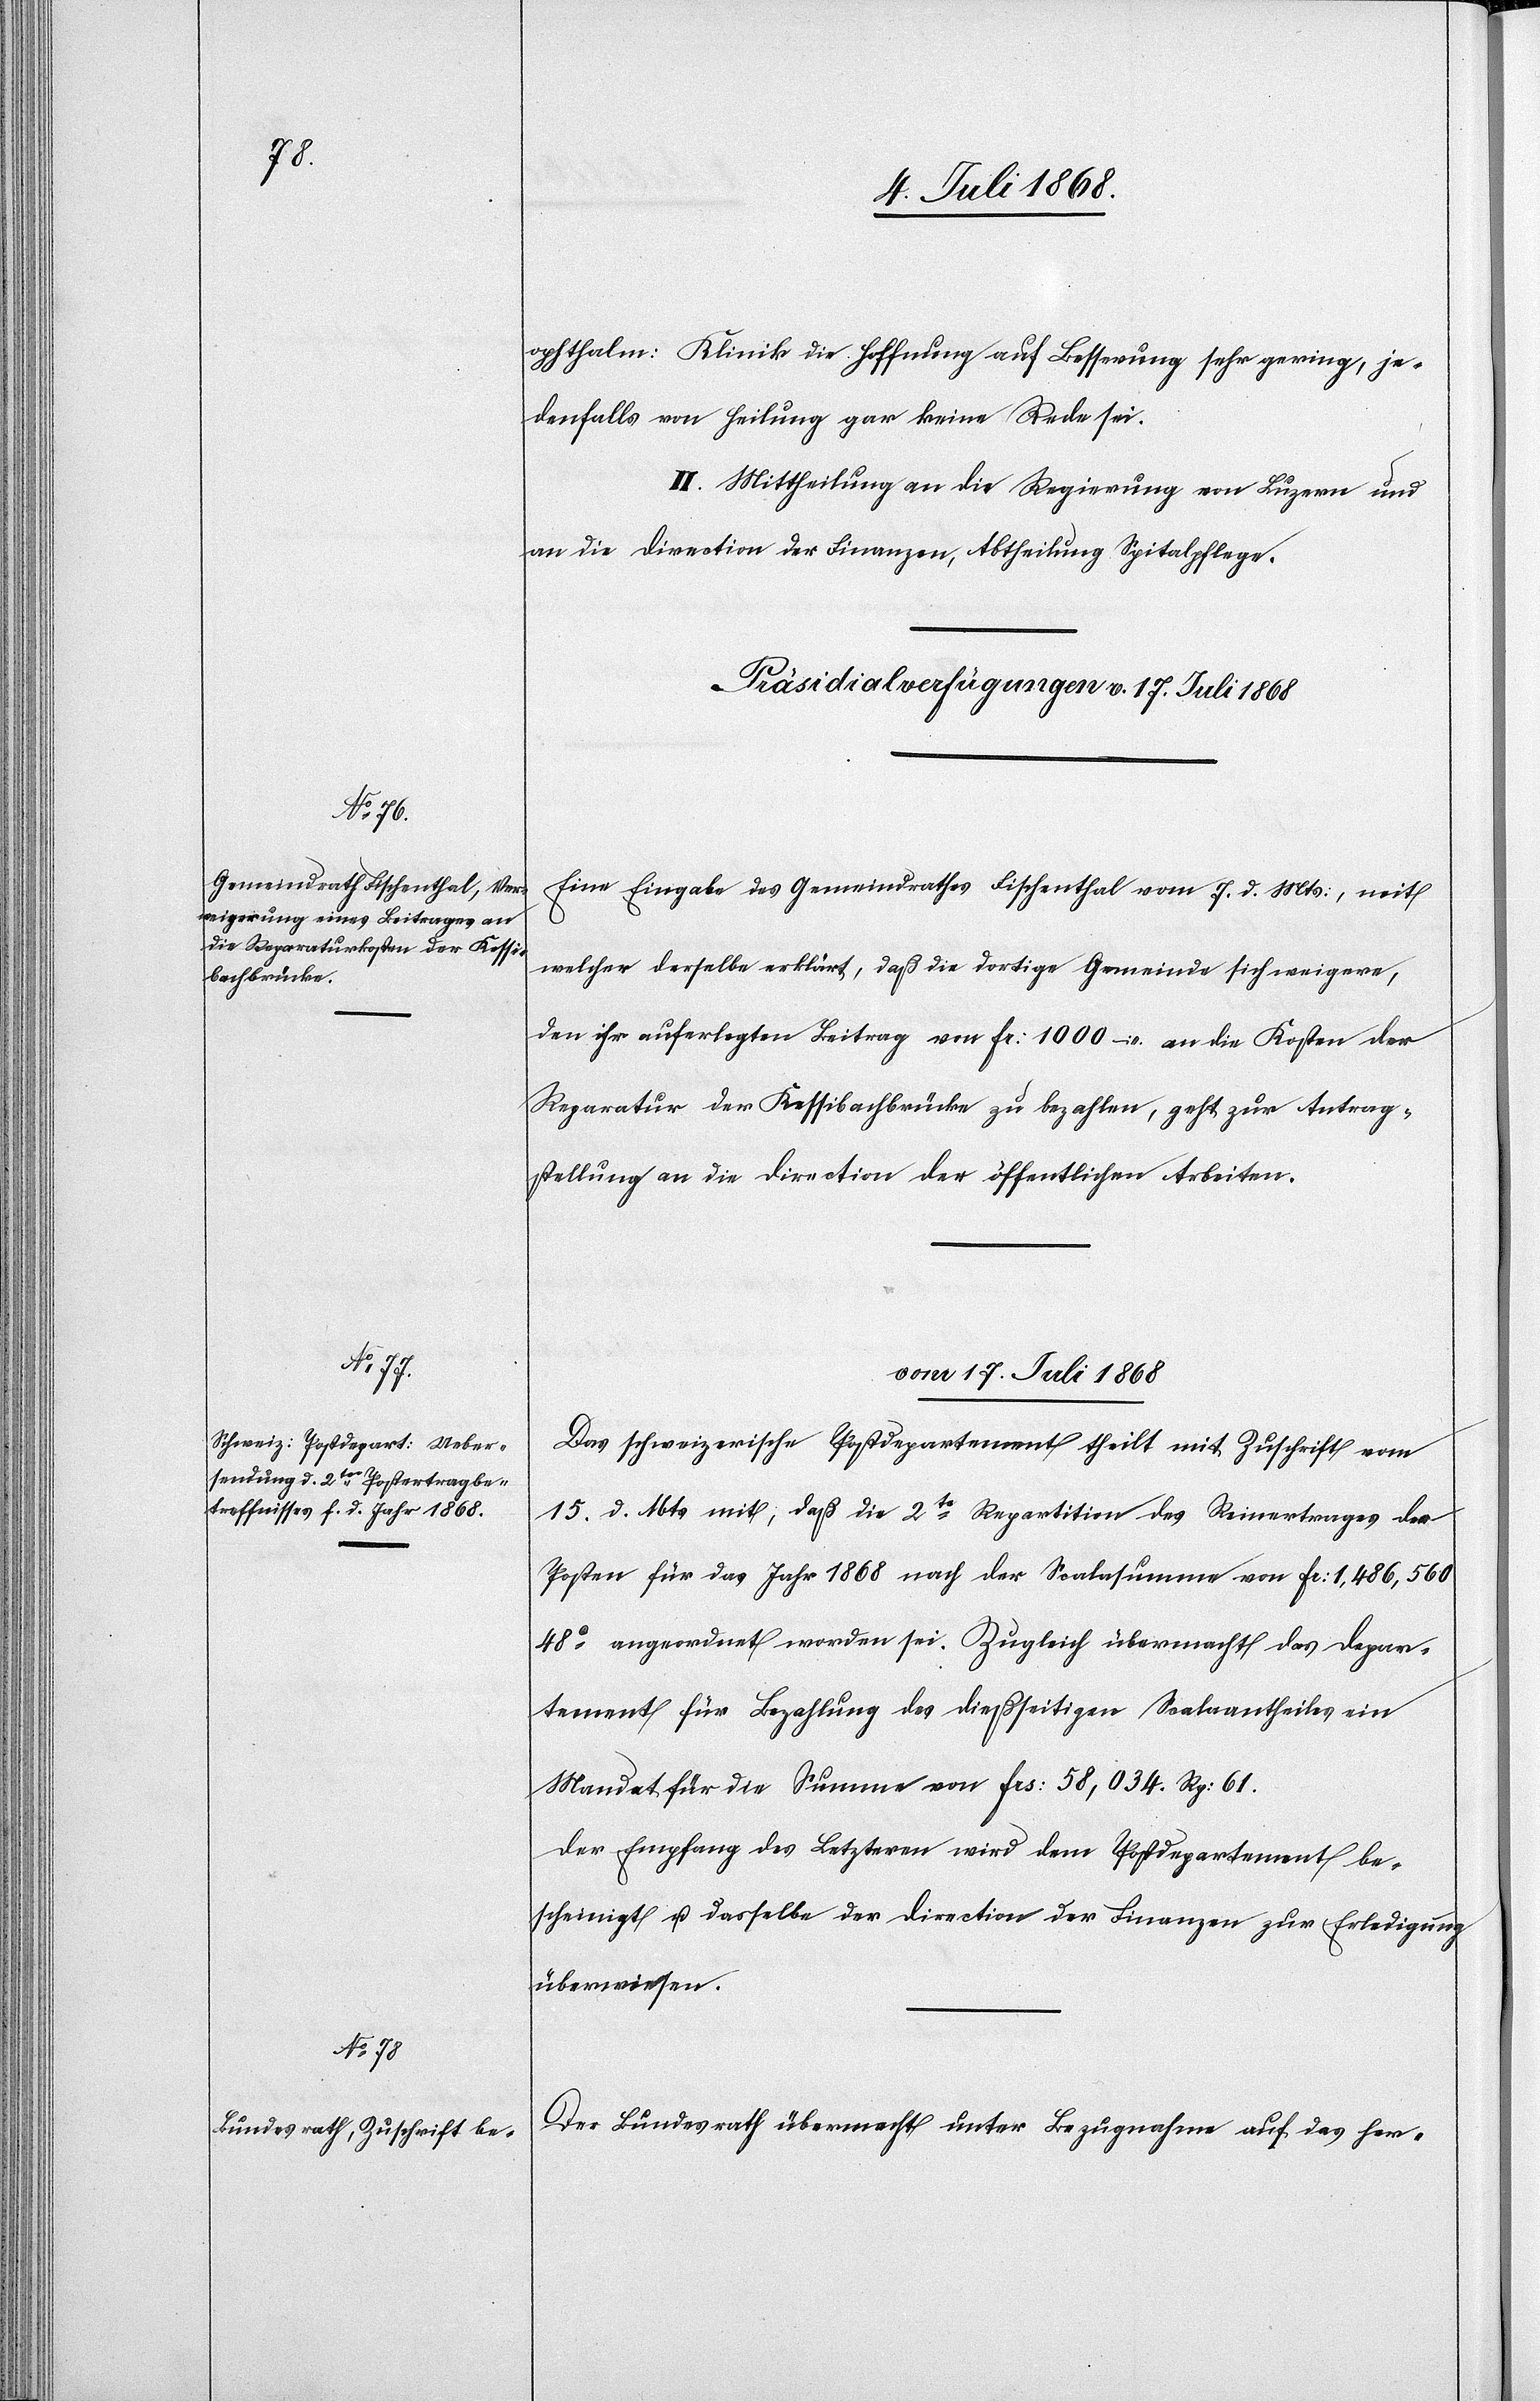
ophthalm: Klinik die Hoffnung auf Besserung sehr gering, je¬
denfalls von Heilung gar keine Rede sei.
II. Mittheilung an die Regierung von Luzern und
an die Direction der Finanzen, Abtheilung Spitalpflege.
Präsidialverfügungen v. 17. Juli 1868
Eine Eingabe des Gemeindrathes Fischenthal vom 7. d. Mts:, mit
welcher derselbe erklärt, daß die dortige Gemeinde sich weigere,
den ihr auferlegten Beitrag von Fr: 1000 – an die Kosten der
Reparatur der Kessibachbrücke zu bezahlen, geht zur Antrag¬
stellung an die Direction der öffentlichen Arbeiten.
vom 17. Juli 1868]
Das schweizerische Postdepartement theilt mit Zuschrift vom
15. d. Mts mit; daß die 2te Repartition des Reinertrages der
Posten für das Jahr 1868 nach der Scalasumme von Fr: 1,486,560
48c angeordnet worden sei. Zugleich übermacht das Depar¬
tement für Bezahlung des dießseitigen Scalaantheiles ein
Mandat für die Summe von Frs: 58,034. Rp: 61.
Der Empfang des Letzteren wird dem Postdepartement be¬
scheinigt u. dasselbe der Direction der Finanzen zur Erledigung
überwiesen.
Der Bundesrath übermacht unter Bezugnahme auf das her-